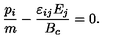
\frac { p _ { i } } { m } - \frac { \varepsilon _ { i j } E _ { j } } { B _ { c } } = 0 .